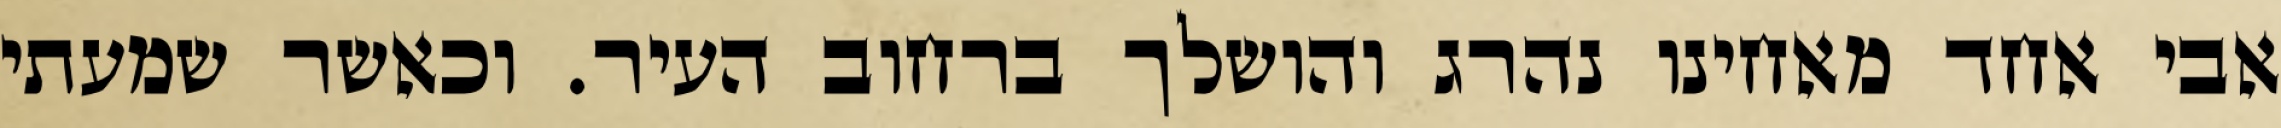
אבי אחד מאחינו נהרג והושלך ברחוב העיר. וכאשר שמעתי